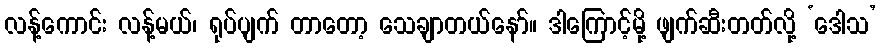
လန့်ကောင်း လန့်မယ်၊ ရုပ်ပျက် တာတော့ သေချာတယ်နော်။ ဒါကြောင့်မို့ ဖျက်ဆီးတတ်လို့ ‘ဒေါသ’